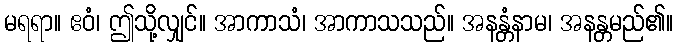
မရရာ။ ဧဝံ၊ ဤသို့လျှင်။ အာကာသံ၊ အာကာသသည်။ အနန္တံနာမ၊ အနန္တမည်၏။